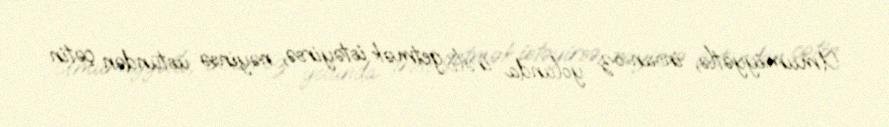
Ümumiyyətlə, insan öz yolunda irəli getmək istəyirsə, nəyinsə üstündən çətin